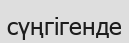
сүңгігенде